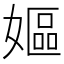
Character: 嫗